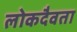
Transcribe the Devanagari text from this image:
लोकदैवता